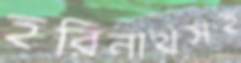
হরিনাথসহ